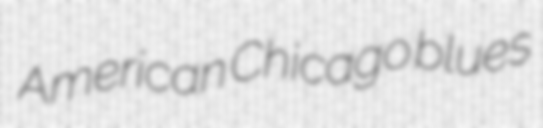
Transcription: American Chicago blues